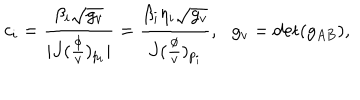
c _ { i } = \frac { \beta _ { i } \sqrt { g _ { v } } } { \mid J ( \frac \phi v ) _ { p _ { i } } \mid } = \frac { \beta _ { i } \eta _ { i } \sqrt { g _ { v } } } { J ( \frac \phi v ) _ { p _ { i } } } , \, \, \, \, g _ { v } = \det ( g _ { A B } ) ,